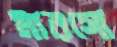
মারগো